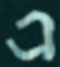
এ